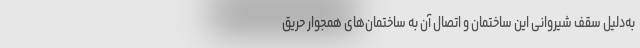
به‌دلیل سقف شیروانی این ساختمان و اتصال آن به ساختمان‌های همجوار حریق